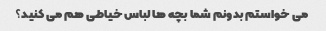
می خواستم بدونم شما بچه ها لباس خیاطی هم می کنید؟